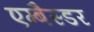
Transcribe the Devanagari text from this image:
एम्बैस्डर